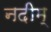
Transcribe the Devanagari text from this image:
नदीम्